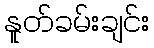
နူတ်ခမ်းချင်း